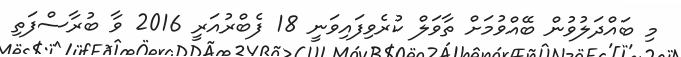
މި ބައްދަލުވުން ބޭއްވުމަށް ތާވަލް ކުރެވިފައިވަނީ 18 ފެބްރުއަރީ 2016 ވާ ބުރާސްފަތި